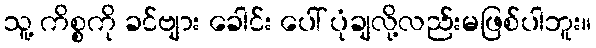
သူ့ ကိစ္စကို ခင်ဗျား ခေါင်း ပေါ် ပုံချလို့လည်းမဖြစ်ပါဘူး။